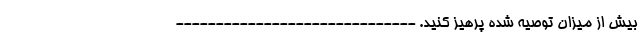
بیش از میزان توصیه شده پرهیز کنید. ------------------------------